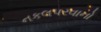
નકલપરવાનો